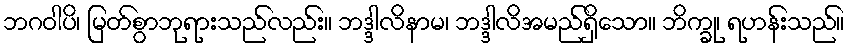
ဘဂဝါပိ၊ မြတ်စွာဘုရားသည်လည်း။ ဘဒ္ဒါလိနာမ၊ ဘဒ္ဒါလိအမည်ရှိသော။ ဘိက္ခု၊ ရဟန်းသည်။